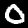
Digit: 0